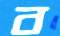
ব